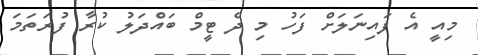
މިއީ އެ ފައިނަލަށް ފަހު މި ދެ ޓީމް ބައްދަލު ކުރާ ފުރަތަމަ